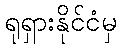
ရုရှားနိုင်ငံမှ